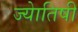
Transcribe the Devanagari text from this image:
ज्‍येातिषी